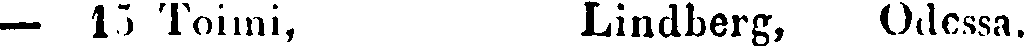
— 13 Toimi, Lindberg, Odessa.